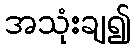
အသုံးချ၍